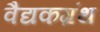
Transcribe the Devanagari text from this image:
वैद्यकग्रंथ